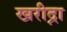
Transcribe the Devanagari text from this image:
खरीद्ना